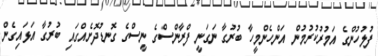
ފުލުހުންގެ އަމުރުކުރުމުން އަންހެންމީހާ ބުރުގާ ނަގަނީ ފްރާންސްގެ ނީސްގެ ގޮނޑުދޮށެއްގައި ބުރުގާ އަޅަައިގެން